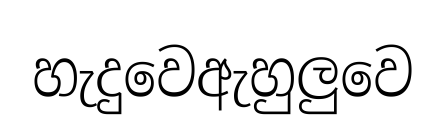
හැදුවෙඇහුලුවෙ